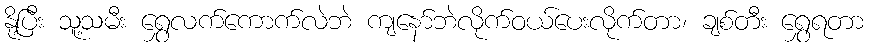
နို့ပြီး သူ့သမီး ရွှေလက်ကောက်လဲဘဲ ကျနော်ဘဲလိုက်ဝယ်ပေးလိုက်တာ၊ ချစ်တီး ရွှေရတာ